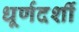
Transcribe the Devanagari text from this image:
धूर्णदर्शी